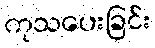
ကုသပေးခြင်း